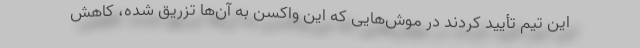
این تیم تأیید کردند در موش‌هایی که این واکسن به آن‌ها تزریق شده، کاهش